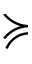
\succcurlyeq